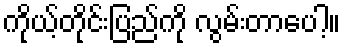
ကိုယ့်တိုင်းပြည်ကို လွမ်းတာပေါ့။